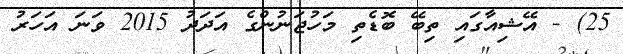
25) - އޭޝިއާގައި ތިބޭ ބޮޑެތި މަހުޖަނުންގެ އަދަދު 2015 ވަނަ އަހަރު